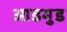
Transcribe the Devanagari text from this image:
आडमुड